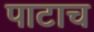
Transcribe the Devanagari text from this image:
पाटाच